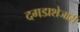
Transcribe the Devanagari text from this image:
दगडाशेजारी